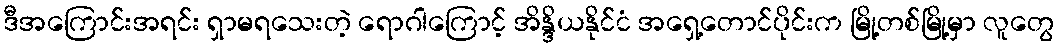
ဒီအကြောင်းအရင်း ရှာမရသေးတဲ့ ရောဂါကြောင့် အိန္ဒိယနိုင်ငံ အရှေ့တောင်ပိုင်းက မြို့တစ်မြို့မှာ လူတွေ